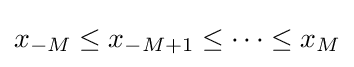
x_{-M}\leq x_{-M+1}\leq \cdots \leq x_{M}